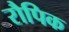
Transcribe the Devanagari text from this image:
रौपिक